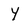
Character: Y